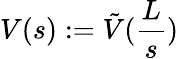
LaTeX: V(s):=\tilde{V}(\frac{L}{s})